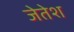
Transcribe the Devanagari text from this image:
जेतेश